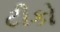
ટીકો